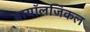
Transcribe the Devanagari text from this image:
बायॉलजिकल